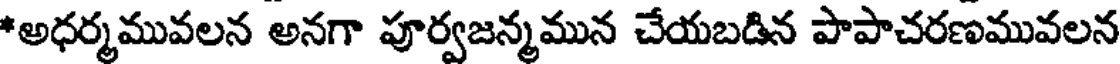
*అధర్మమువలన అనగా పూర్వజన్మమున చేయబడిన పాపాచరణమువలన